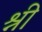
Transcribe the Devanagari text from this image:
श्नी